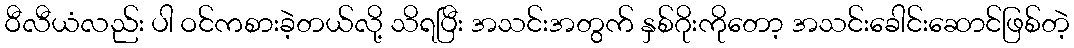
ဝီလီယံလည်း ပါ ဝင်ကစားခဲ့တယ်လို့ သိရပြီး အသင်းအတွက် နှစ်ဂိုးကိုတော့ အသင်းခေါင်းဆောင်ဖြစ်တဲ့